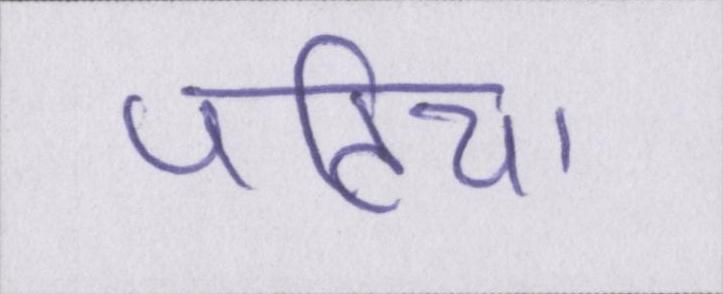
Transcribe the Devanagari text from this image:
पटिया